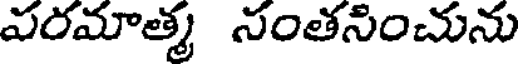
వరమాత్మ నంతసించును